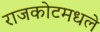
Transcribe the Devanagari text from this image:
राजकोटमधले